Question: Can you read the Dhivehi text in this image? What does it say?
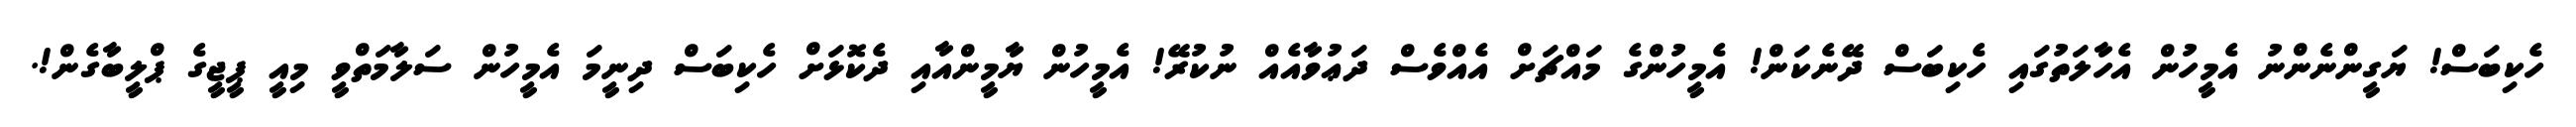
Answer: ހެކިބަސް! ޔަގީންނެންނު އެމީހުން އެހާލަތުގައި ހެކިބަސް ދޭނެކަން! އެމީހުންގެ މައްޗަށް އެއްވެސް ދަޢުވާއެއް ނުކުރޭ! އެމީހުން ޔާމީންއާއި ދެކޮޅަށް ހެކިބަސް ދިނީމަ އެމީހުން ސަލާމަތްވީ މިއީ ޕީޖީގެ ޕްލީބާގެން!.